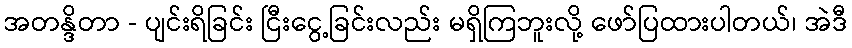
အတန္ဒိတာ - ပျင်းရိခြင်း ငြီးငွေ့ခြင်းလည်း မရှိကြဘူးလို့ ဖော်ပြထားပါတယ်၊ အဲဒီ